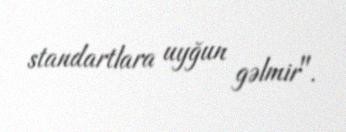
standartlara uyğun gəlmir".